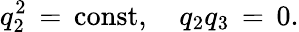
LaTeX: q_{2}^{2}\, =\, \mathrm{const},\quad q_{2}q_{3}\, =\, 0.